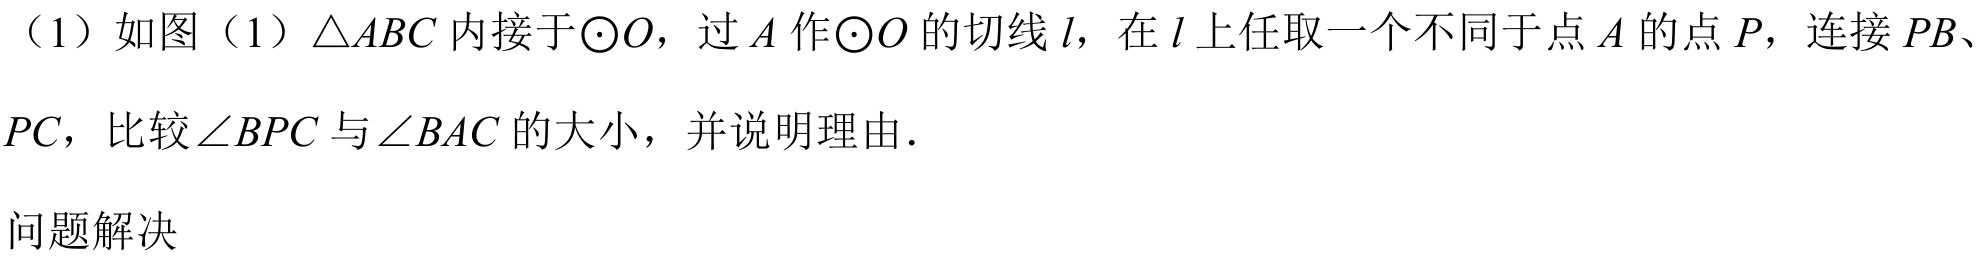
（1）如图（1）\(\triangle ABC\)内接于\(\odot O\)，过\(A\)作\(\odot O\)的切线\(l\)，在\(l\)上任取一个不同于点\(A\)的点\(P\)，连接\(PB\)、\(PC\)，比较\(\angle BPC\)与\(\angle BAC\)的大小，并说明理由.

问题解决